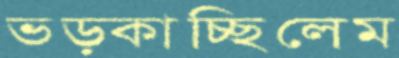
ভড়্‌কাচ্ছিলেম